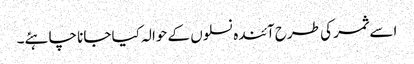
اسے ثمر کی طرح آئندہ نسلوں کے حوالہ کیا جانا چاہئے۔